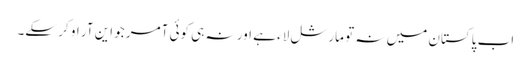
اب پاکستان میں نہ تو مارشل لاء ہے اور نہ ہی کوئی آمر جو این آر او کر سکے۔